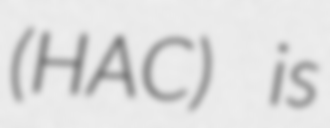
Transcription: (HAC) is